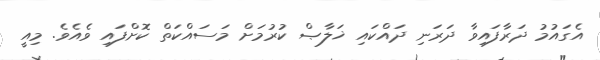
އެގައުމު ދަރާފައިވާ ދަރަނި ދައްކައި ޚަލާޞް ކުރުމަށް މަސައްކަތް ކޮށްފައި ވެއެވެ. މިއީ